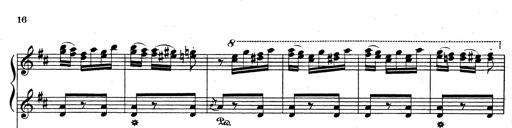
Title: Rhapsodie espagnole
Composer: Franz Liszt